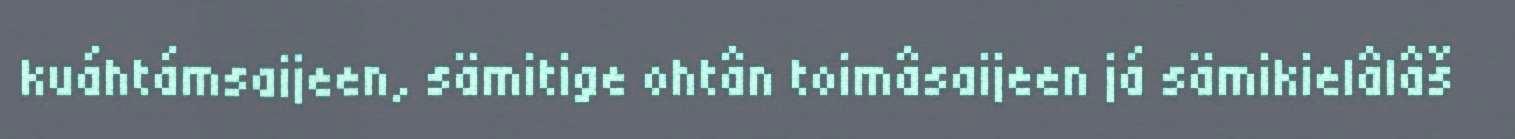
kuáhtámsaijeen, sämitige ohtân toimâsaijeen já sämikielâlâš